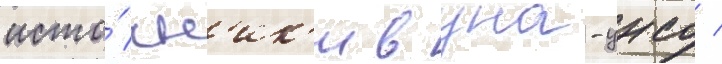
исто́чн'ик'и в уна-унсо /